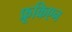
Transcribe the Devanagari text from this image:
फ्रूकिएन